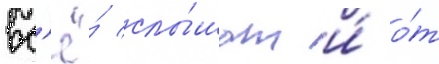
вс'ё́ слы́шат и́ о́т